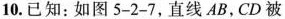
10.已知：如图5-2-7，直线AB，CD被